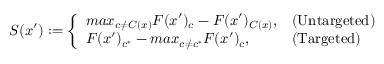
S ( x ^ { \prime } ) : = { \left\{ \begin{array} { l l } { m a x _ { c \neq C ( x ) } { F ( x ^ { \prime } ) _ { c } } - F ( x ^ { \prime } ) _ { C ( x ) } , } & { { \mathrm { ( U n t a r g e t e d ) } } } \\ { F ( x ^ { \prime } ) _ { c ^ { * } } - m a x _ { c \neq c ^ { * } } { F ( x ^ { \prime } ) _ { c } } , } & { { \mathrm { ( T a r g e t e d ) } } } \end{array} \right. }